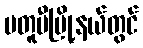
မတူပီမြို့နယ်တွင်